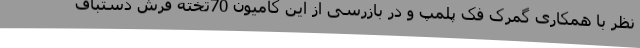
نظر با همکاری گمرک فک پلمپ و در بازرسی از این کامیون 70تخته فرش دستباف